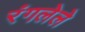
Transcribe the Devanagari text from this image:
रंगलेले